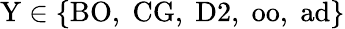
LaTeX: \mathrm{Y}\in\{ \mathrm{BO},\; \mathrm{CG},\; \mathrm{D2},\; \mathrm{oo},\; \mathrm{ad}\}